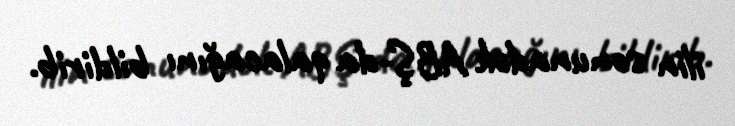
ilin sonunadək ABŞ-da qalacağını bildirib.